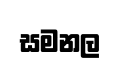
සමනල